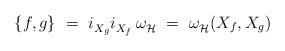
LaTeX: \begin{align*} \{f,g\}~=~i_{X_g}^{} i_{X_f}^{} \, \omega_{\mathcal{H}}^{}~ =~\omega_{\mathcal{H}}^{}(X_f,X_g)\end{align*}